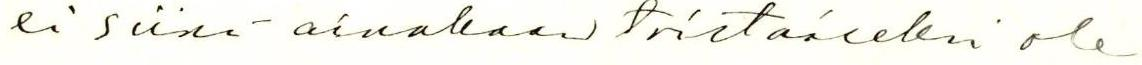
ei siinä ainakaan toistaiseksi ole